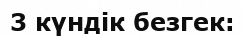
3 күндік безгек: